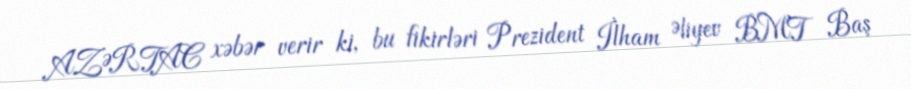
AZƏRTAC xəbər verir ki, bu fikirləri Prezident İlham Əliyev BMT Baş